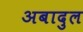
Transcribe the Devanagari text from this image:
अबादुल